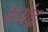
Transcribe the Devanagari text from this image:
ससंद्